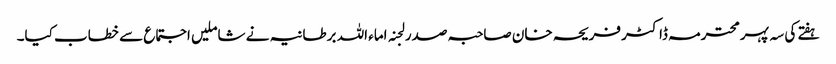
ہفتے کی سہ پہرمحترمہ ڈاکٹر فریحہ خان صاحبہ صدر لجنہ اماء اللہ برطانیہ نے شاملیں اجتماع سے خطاب کیا۔